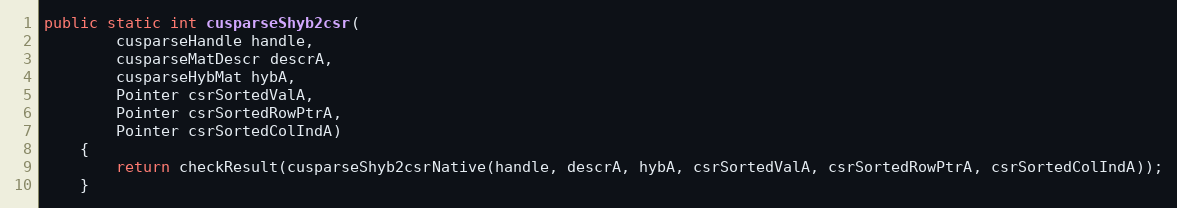
Language: Java
public static int cusparseShyb2csr(
        cusparseHandle handle,
        cusparseMatDescr descrA,
        cusparseHybMat hybA,
        Pointer csrSortedValA,
        Pointer csrSortedRowPtrA,
        Pointer csrSortedColIndA)
    {
        return checkResult(cusparseShyb2csrNative(handle, descrA, hybA, csrSortedValA, csrSortedRowPtrA, csrSortedColIndA));
    }